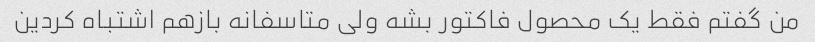
من گفتم فقط یک محصول فاکتور بشه ولی متاسفانه بازهم اشتباه کردین